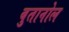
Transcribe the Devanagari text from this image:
बुतानोल